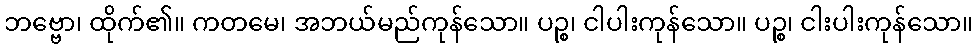
ဘဗ္ဗော၊ ထိုက်၏။ ကတမေ၊ အဘယ်မည်ကုန်သော။ ပဉ္စ၊ ငါပါးကုန်သော။ ပဉ္စ၊ ငါးပါးကုန်သော။